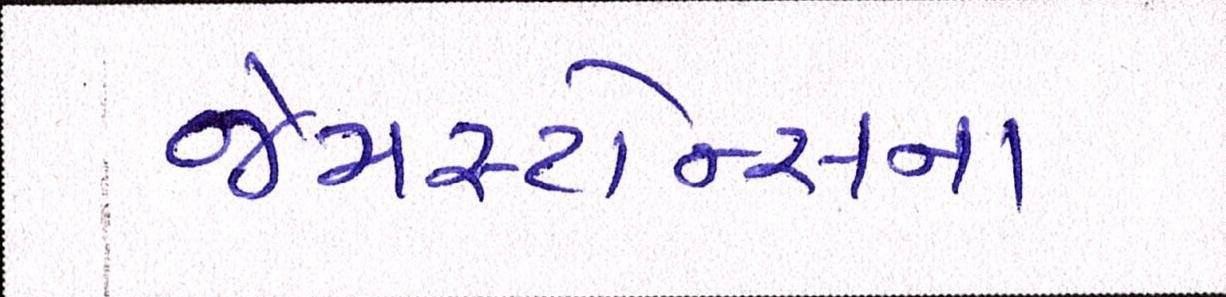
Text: જેમસ્ટોન્સના